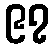
၉၇